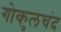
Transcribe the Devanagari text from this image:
गोकुलचंद